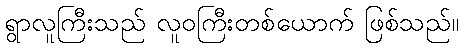
ရွာလူကြီးသည် လူဝကြီးတစ်ယောက် ဖြစ်သည်။